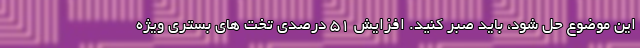
این موضوع حل شود، باید صبر کنید. افزایش ۵۱ درصدی تخت های بستری ویژه